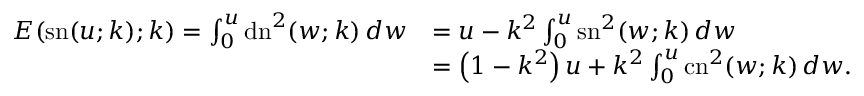
{ \begin{array} { r l } { E { \left( \operatorname { s n } ( u ; k ) ; k \right) } = \int _ { 0 } ^ { u } \operatorname { d n } ^ { 2 } ( w ; k ) \, d w } & { = u - k ^ { 2 } \int _ { 0 } ^ { u } \operatorname { s n } ^ { 2 } ( w ; k ) \, d w } \\ & { = \left( 1 - k ^ { 2 } \right) u + k ^ { 2 } \int _ { 0 } ^ { u } \operatorname { c n } ^ { 2 } ( w ; k ) \, d w . } \end{array} }